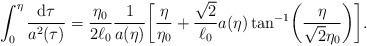
LaTeX: \begin{align*}\int _0^{\eta }\frac{{\rm d}\tau }{a^2({\tau })}= \frac{\eta_0}{2\ell _0}\frac{1}{a(\eta )} \biggl[\frac{\eta }{\eta_0}+\frac{\sqrt{2}}{\ell _0}a(\eta ) \tan ^{-1}\biggl(\frac{\eta}{\sqrt{2}\eta _0}\biggr)\biggr].\end{align*}